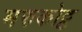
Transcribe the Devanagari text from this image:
मरुकोट्ट